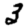
Digit: 3